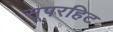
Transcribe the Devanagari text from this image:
सूपरहिट